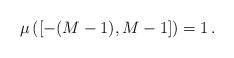
LaTeX: \begin{align*}\mu\left([-(M-1),M-1]\right)=1\,.\end{align*}